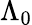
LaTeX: \Lambda_{0}